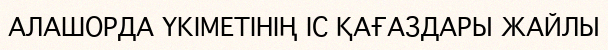
АЛАШОРДА ҮКІМЕТІНІҢ ІС ҚАҒАЗДАРЫ ЖАЙЛЫ